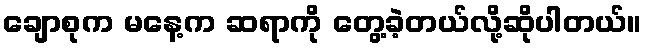
ချောစုက မနေ့က ဆရာကို တွေ့ခဲ့တယ်လို့ဆိုပါတယ်။